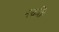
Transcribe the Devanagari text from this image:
नवतिः